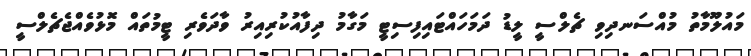
މައުލޫމާތު މުއްސަނދިވި ޗެލްސީ ލީޑު ދަމަހައްޓައިފިސިޓީ މަގާމު ދިފާއުކުރިއިރު ވާދަވެރި ޓީމުތައް މޮޅުވެއްޖެޗެލްސީ